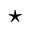
\star